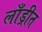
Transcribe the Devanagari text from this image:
लाँड्रीत